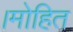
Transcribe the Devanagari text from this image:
।मोहित